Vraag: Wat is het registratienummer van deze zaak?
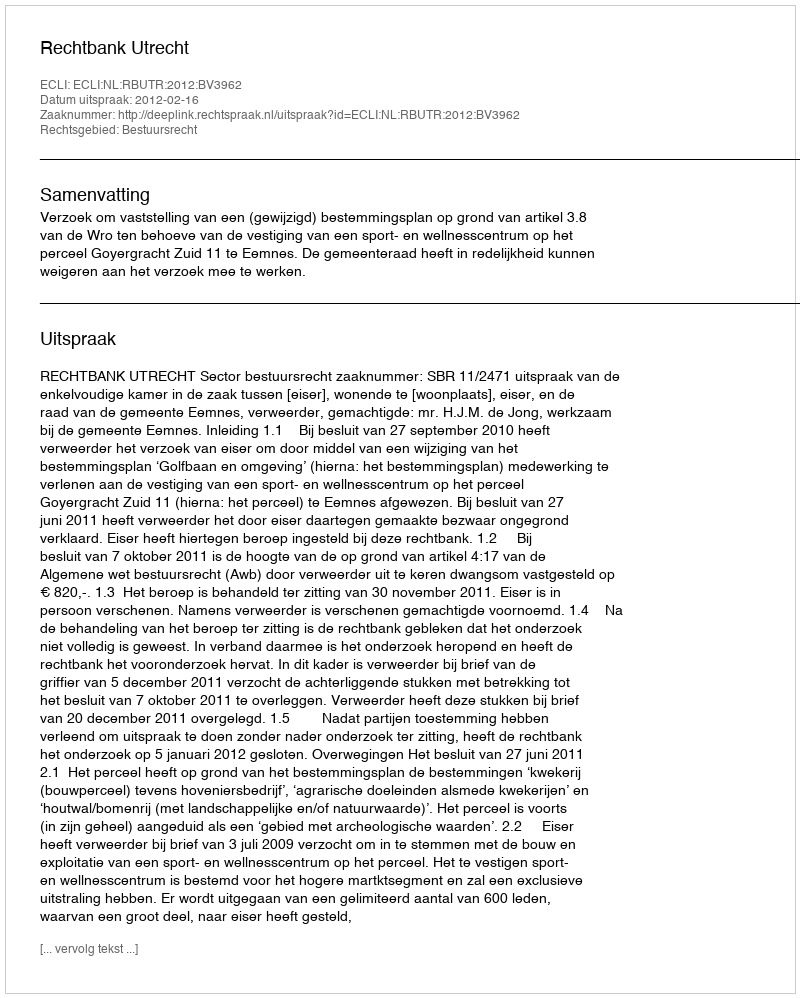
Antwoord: http://deeplink.rechtspraak.nl/uitspraak?id=ECLI:NL:RBUTR:2012:BV3962